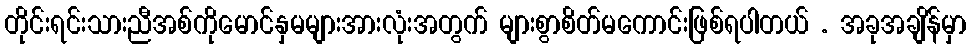
တိုင်းရင်းသားညီအစ်ကိုမောင်နှမများအားလုံးအတွက် များစွာစိတ်မကောင်းဖြစ်ရပါတယ် . အခုအချိန်မှာ